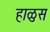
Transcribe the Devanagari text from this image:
हाळुस